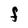
Character: f